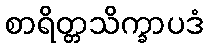
စာရိတ္တသိက္ခာပဒံ